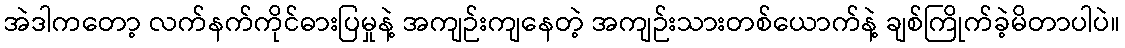
အဲဒါကတော့ လက်နက်ကိုင်ဓားပြမှုနဲ့ အကျဉ်းကျနေတဲ့ အကျဉ်းသားတစ်ယောက်နဲ့ ချစ်ကြိုက်ခဲ့မိတာပါပဲ။